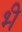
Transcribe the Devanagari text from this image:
भ्‍ी